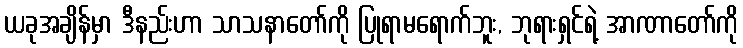
ယခုအချိန်မှာ ဒီနည်းဟာ သာသနာတော်ကို ပြုရာမရောက်ဘူး, ဘုရားရှင်ရဲ့ အာဏာတော်ကို